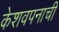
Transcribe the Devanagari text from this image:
केशवपनाची